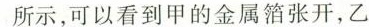
所示，可以看到甲的金属箔张开，乙